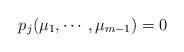
LaTeX: \begin{align*} p_j(\mu_1,\cdots,\mu_{m-1}) = 0\end{align*}